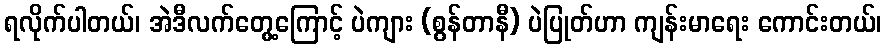
ရလိုက်ပါတယ်၊ အဲဒီလက်တွေ့ကြောင့် ပဲကျား (စွန်တာနီ) ပဲပြုတ်ဟာ ကျန်းမာရေး ကောင်းတယ်၊